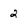
Character: 2